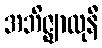
အဘိဇ္ဈာလုနီ